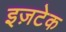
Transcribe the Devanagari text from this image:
इज़टेक